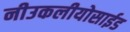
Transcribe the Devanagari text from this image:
नीउकलीयोसाईड